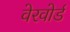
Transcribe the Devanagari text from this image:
वेरवोर्ड